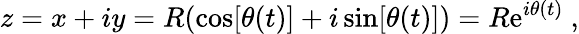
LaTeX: z=x+iy=R(\cos[\theta(t)]+i\sin[\theta(t)])=R\mathrm{e}^{i\theta(t)}\ ,